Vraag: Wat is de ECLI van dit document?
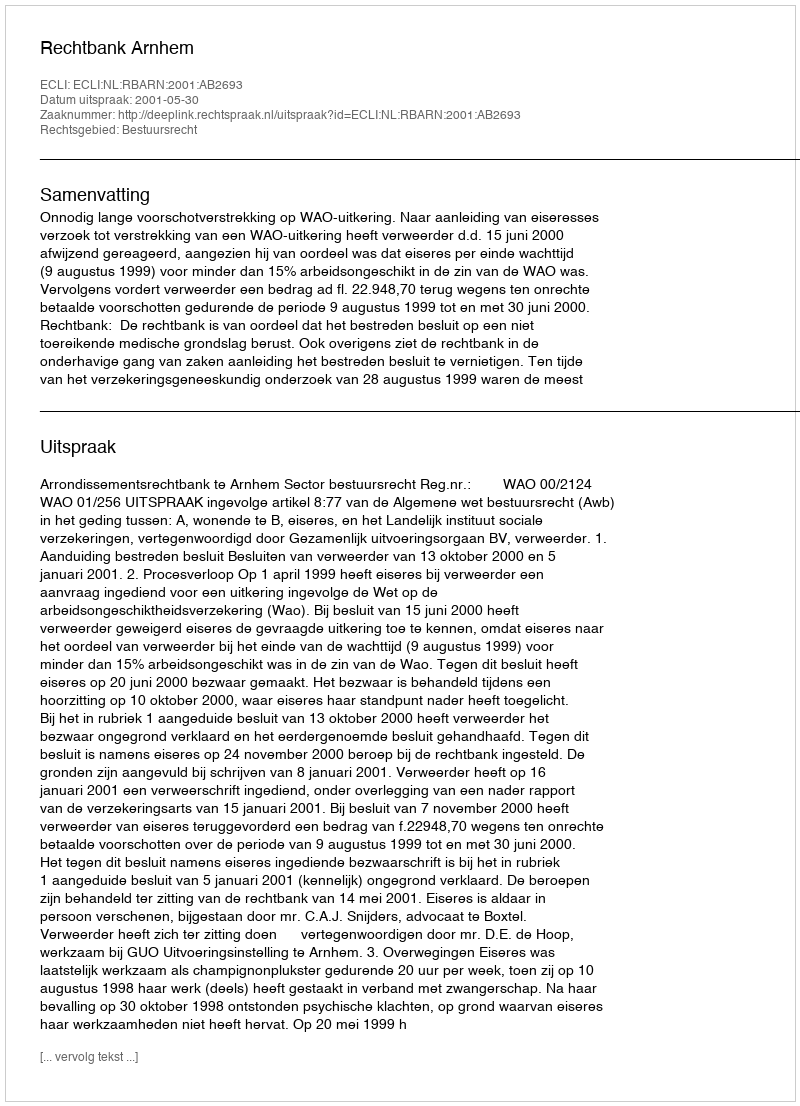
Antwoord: ECLI:NL:RBARN:2001:AB2693